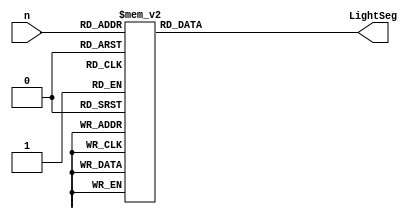
`timescale 1ns / 1ps
//////////////////////////////////////////////////////////////////////////////////
// Company: 
// Engineer: 
// 
// Design Name: 
// Module Name: seg_trans
// Project Name: 
// Target Devices: 
// Tool Versions: 
// Description: 
// 
// Dependencies: 
// 
// Revision:
// Revision 0.01 - File Created
// Additional Comments:
// 
//////////////////////////////////////////////////////////////////////////////////


module seg_trans(
    input[3:0] n,//16n 0-15
    output reg [6:0] LightSeg//
    );
    always@*
     begin
      case(n)
        4'd0: LightSeg = 7'b011_1111;
        4'd1: LightSeg = 7'b000_0110;
        4'd2: LightSeg = 7'b101_1011;
        4'd3: LightSeg = 7'b100_1111;
        4'd4: LightSeg = 7'b110_0110;
        4'd5: LightSeg = 7'b110_1101;
        4'd6: LightSeg = 7'b111_1101;
        4'd7: LightSeg = 7'b010_0111;
        4'd8: LightSeg = 7'b111_1111;
        4'd9: LightSeg = 7'b110_1111;
        
        4'd10: LightSeg = 7'b111_0111;
        4'd11: LightSeg = 7'b111_1100;
        4'd12: LightSeg = 7'b011_1001;
        4'd13: LightSeg = 7'b101_1110;
        4'd14: LightSeg = 7'b111_1001;
        4'd15: LightSeg = 7'b111_0001;
        default: LightSeg = 7'b0000000;
      endcase
     end
endmodule